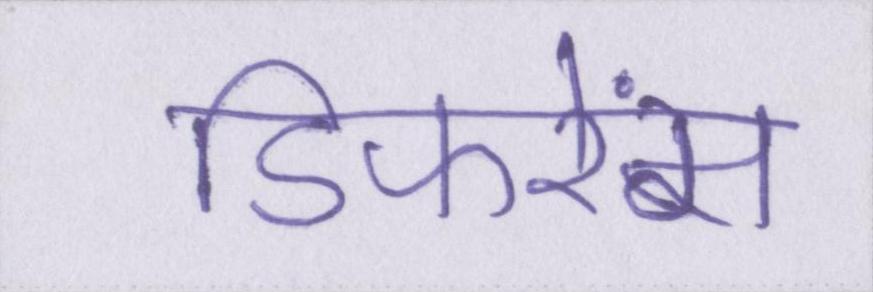
डिफरेंस